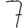
Digit: 7